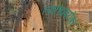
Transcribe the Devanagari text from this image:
त्यांचाबरोबर